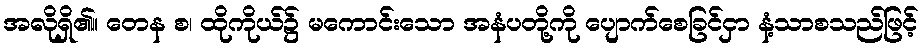
အလိုရှိ၏။ တေန စ၊ ထိုကိုယ်၌ မကောင်းသော အနံပတို့ကို ပျောက်စေခြင်ငှာ နံ့သာစသည်ဖြင့်